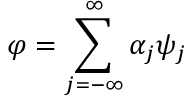
\varphi = \sum _ { j = - \infty } ^ { \infty } \alpha _ { j } \psi _ { j }